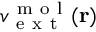
v _ { \mathrm { ~ e ~ x ~ t ~ } } ^ { \mathrm { ~ m ~ o ~ l ~ } } ( \mathbf { r } )